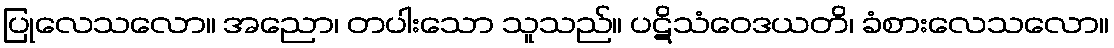
ပြုလေသလော။ အညော၊ တပါးသော သူသည်။ ပဋိသံဝေဒယတိ၊ ခံစားလေသလော။